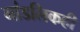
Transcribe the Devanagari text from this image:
मांडलिकही